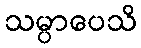
သမ္ပာပေသိ